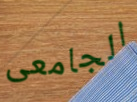
الجامعى